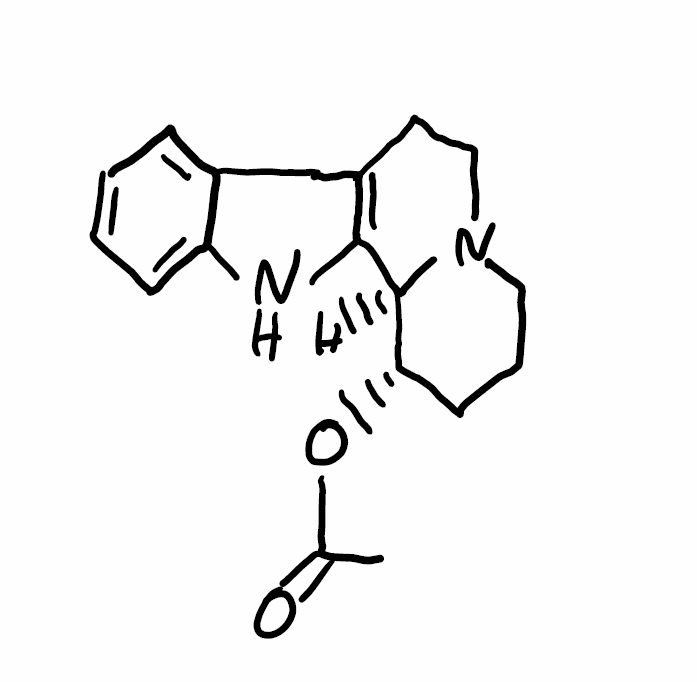
Simplified molecular-input line-entry system (SMILES) notation of the given molecule:
CC(=O)O[C@H]1CCCN2[C@@H]1C3=C(CC2)C4=CC=CC=C4N3